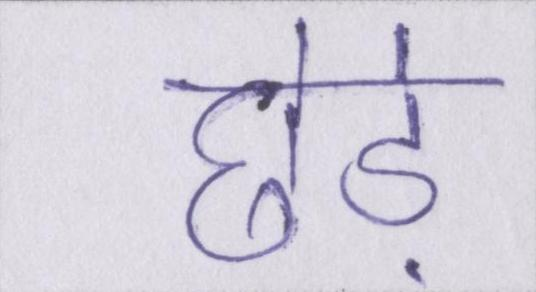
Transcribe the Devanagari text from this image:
छेड़े